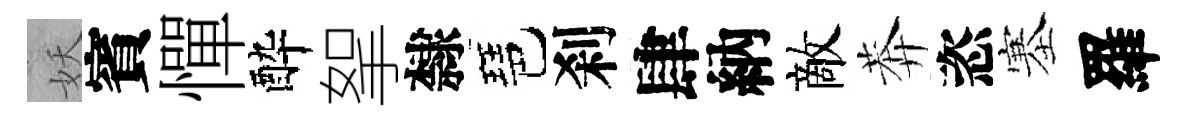
妖賓憚酔挐隸琶刹肆納敵莾恣塞羅